Scottish Leaving Certificate Examination, 1957
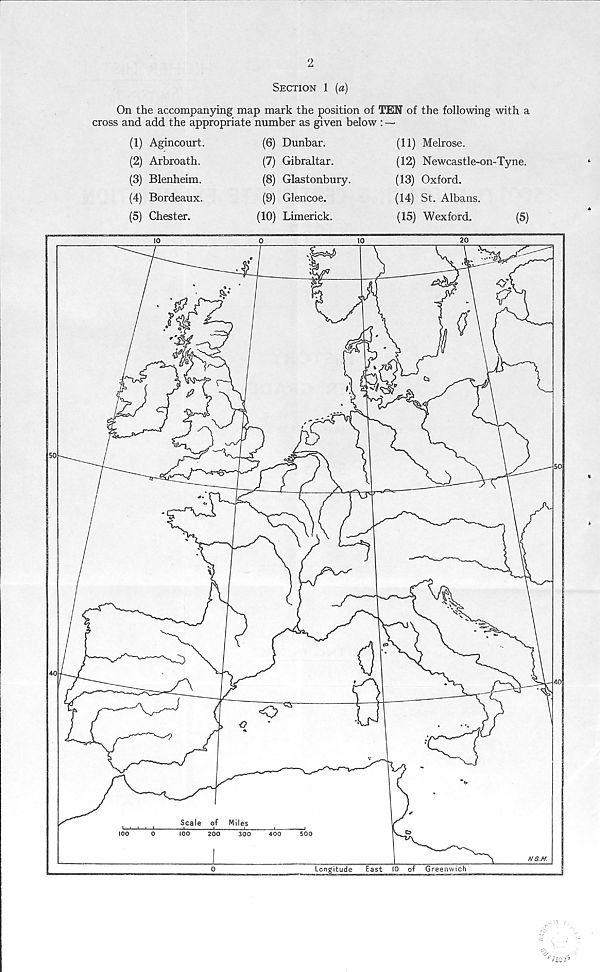
2
Section 1 (a)
On the accompanying map mark the position of TEN of the following with a
cross and add the appropriate number as given below : —
(1) Agincourt.
(2) Arbroath.
(3) Blenheim.
(4) Bordeaux.
(5) Chester.
(6) Dunbar.
(7) Gibraltar.
(8) Glastonbury.
(9) Glencoe.
(10) Limerick.
(11) Melrose.
(12) Newcastle-on-Tyne.
(13) Oxford.
(14) St. Albans.
(15) Wexford.
(5)
i
%